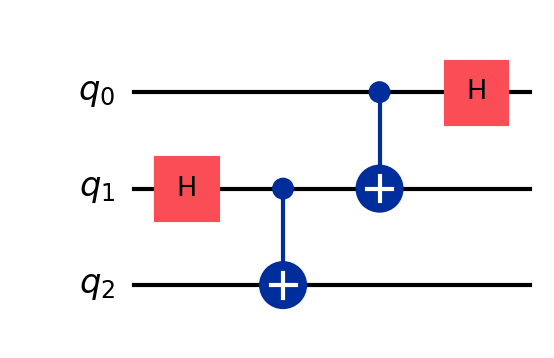
Description: Quantum teleportation state preparation
描述: 量子隐形传态态制备
Category: intermediate (difficulty: intermediate)
Qubits: 3, circuit depth: 4

Braket implementation:
from braket.circuits import Circuit

circuit = Circuit()
circuit.h(1)
circuit.cnot(1, 2)
circuit.cnot(0, 1)
circuit.h(0)

print(circuit)

Qiskit implementation:
from qiskit import QuantumCircuit
circuit = QuantumCircuit(3)
circuit.h(1)
circuit.cx(1, 2)
circuit.cx(0, 1)
circuit.h(0)

print(circuit)